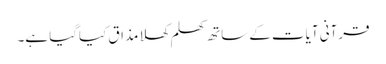
قرآنی آیات کے ساتھ کھلم کھلا مذاق کیاگیا ہے۔